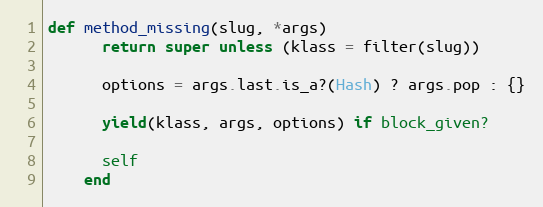
Language: Ruby
def method_missing(slug, *args)
      return super unless (klass = filter(slug))

      options = args.last.is_a?(Hash) ? args.pop : {}

      yield(klass, args, options) if block_given?

      self
    end